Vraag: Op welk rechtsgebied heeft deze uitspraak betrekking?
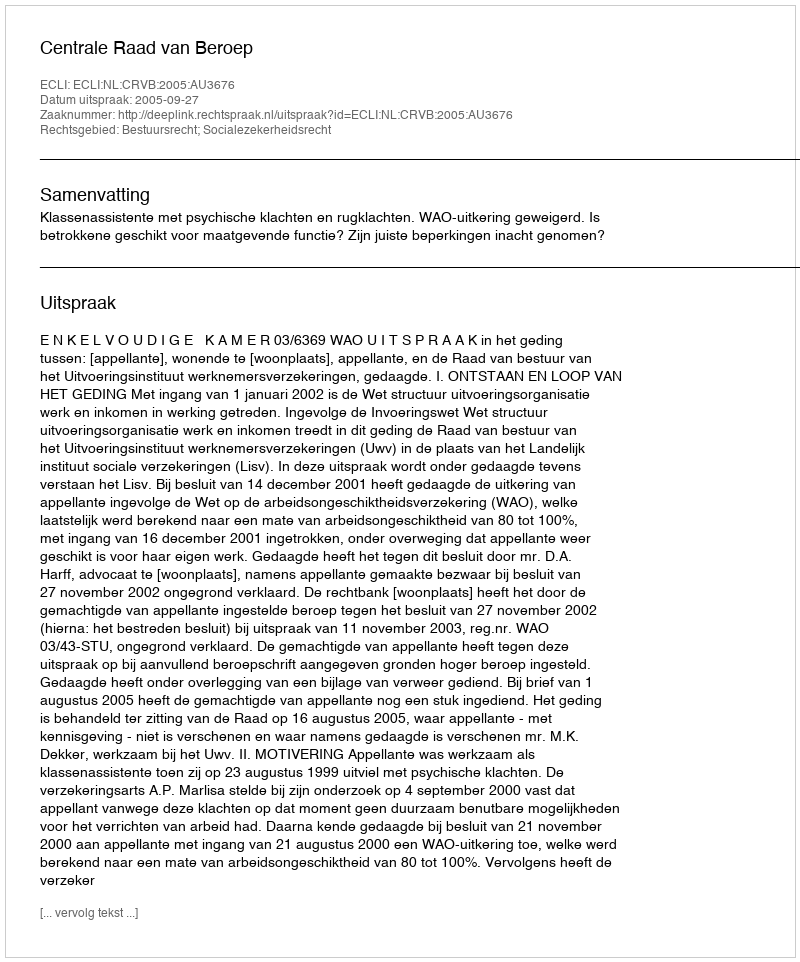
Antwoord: Bestuursrecht; Socialezekerheidsrecht